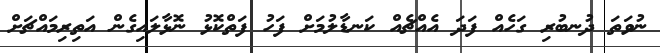
ނުވަތަ ދުނބުރި ގަހެއް ފަދަ އެއްޗެއް ކަނޑާލުމަށް ފަހު ފަތްކޮޅު ނޮޅާލައިގެން އަތިރިމައްޗަށް